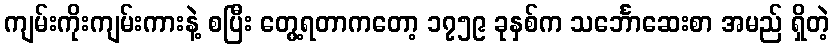
ကျမ်းကိုးကျမ်းကားနဲ့ စပြီး တွေ့ရတာကတော့ ၁၇၅၉ ခုနှစ်က သင်္ဘောဆေးစာ အမည် ရှိတဲ့